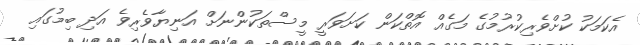
އެކަމަކު ކުށްވެރިކުރުމުގެ މަގެއް އޮތްކަން ކަށަވަރީ މީސްތަކުންނަށް އަނިޔާވެރިވެ އަދި ބިމުގައި